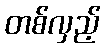
တစ်လှည့်